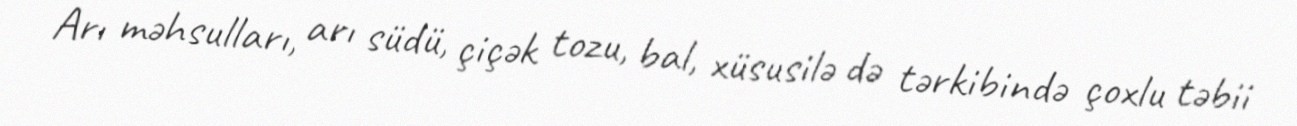
Arı məhsulları, arı südü, çiçək tozu, bal, xüsusilə də tərkibində çoxlu təbii